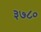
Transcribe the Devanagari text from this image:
३७८०